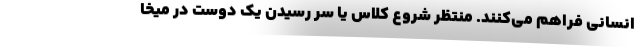
انسانی فراهم می‌کنند. منتظر شروع کلاس یا سر رسیدن یک دوست در میخا